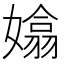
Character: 嬆